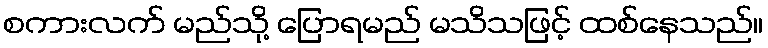
စကားလက် မည်သို့ ပြောရမည် မသိသဖြင့် ထစ်နေသည်။